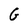
Character: G